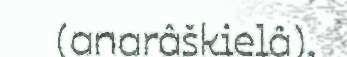
(anarâškielâ),